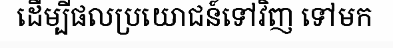
ដើម្បីផលប្រយោជន៍ទៅវិញ ទៅមក